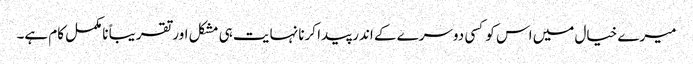
میرے خیال میں اس کو کسی دوسرے کے اندر پیدا کرنا نہایت ہی مشکل اور تقریباً نامکمل کام ہے۔